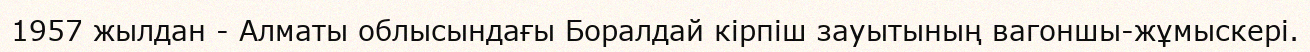
1957 жылдан - Алматы облысындағы Боралдай кірпіш зауытының вагоншы-жұмыскері.